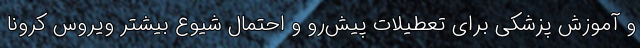
و آموزش پزشکی برای تعطیلات پیش‌رو و احتمال شیوع بیشتر ویروس کرونا